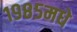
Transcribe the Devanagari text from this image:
१९८५मधे